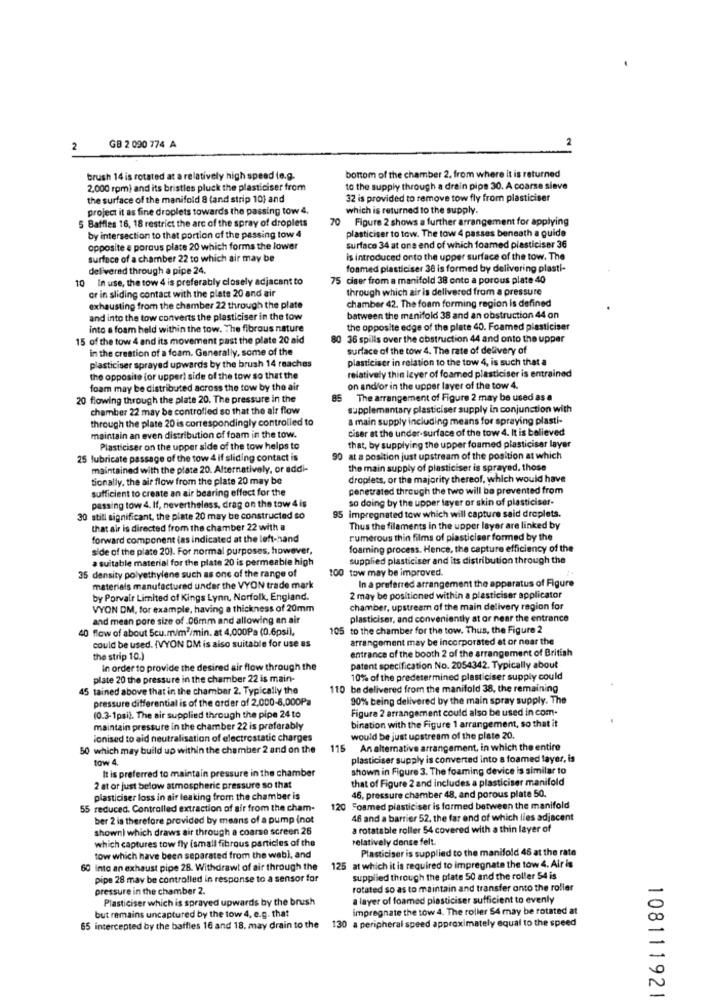
2
GB 2 090 774 A
brush 14 is rotated at a relatively high speed (e.g.
bottom of the chamber 2. from where it is returned
2,000 rpm) and its bristles pluck the plasticiser from
to the supply through a drain pipe 30. A coarse sieve
the surface of the manifold 8 (and strip 10) and
32 is provided to remove tow fly from plasticiser
project it as fine droplets towards the passing tow 4,
which is returned to the supply.
5 Baffles 16, 18 restrict the arc of the spray of droplets
70
Figure 2 shows a further arrangement for applying
by intersection to that portion of the passing tow 4
plasticiser to tow. The tow 4 passes beneath a guide
opposite a porous plate 20 which forms the lower
surface 34 at one end of which foamed plasticiser 36
surface of a chamber 22 to which air may be
is introduced onto the upper surface of the tow. The
del'vered through a pipe 24.
fonmed plasticiser 30 is formed by delivering plasti-
10 In use, the tow 4 is preferably closely adjacent to
75 ciser from a manifold 38 onto a porous plate 40
or in sliding contact with the plate 20 and air
through which air is delivered from a pressure
exhausting from the chamber 22 through the plate
chamber 42, The foam forming region is defined
and into the tow converts the plasticiser in the tow
between the manifold 38 and an obstruction 44 on
into a foam held within the tow. The fibrous nature
the opposite edge of the plate 40. Foamed plasticiser
15 of the tow 4 and its movement past the plate 20 aid
80 36 spills over the obstruction 44 and onto the upper
in the creation of a foam. Generally, some of the
surface of the tow 4. The rate of delivery of
plasticiser in relation to the tow 4, is such that a
plasticiser sprayed upwards by the brush 14 reaches
the opposite for upper) side of the tow so that the
relatively thin layer of foamed plasticiser is entrained
foam may be distributed across the tow by the air
on and/or in the upper layer of the tow 4.
20 flowing through the plate 20. The pressure in the
85
The arrangement of Figure 2 may be used as a
chamber 22 may be controlled so that the air flow
supplementary plasticiser supply in conjunction with
through the plate 20 is correspondingly controlled to
& main supply including means for spraying plasti-
ciser at the under-surface of the tow 4. It is believed
maintain an even distribution of foam in the tow.
Plasticiser on the upper side of the tow helps to
that, by supplying the upper foamed plasticiser layer
25 lubricate passage of the tow 4 if sliding contact is
90 at a position just upstream of the position at which
maintained with the plate 20. Alternatively, or addi-
the main supply of plasticiser is sprayed. those
tionally, the air flow from the plate 20 may be
droplets, or the majority thereof, which would have
sufficient to create an air bearing effect for the
penetrated through the two will be prevented from
so doing by the upper layer or skin of plasticiser-
passing tow 4. If, nevertheless, drag on the tow 4 is
30 still significant, the plate 20 may be constructed so
95 impregnated tow which will capture said droplets.
that air is directed from the chamber 22 with a
Thus the filaments in the upper layer are linked by
forward component (as indicated at the left-hand
numerous thin films of plasticiser formed by the
side of the plate 20). For normal purposes, however,
foamning process. Hence, the capture efficiency of the
a suitable material for the plate 20 is permeable high
supplied plasticiser and its distribution through the
35 density polyethylene such as one of the range of
100 tow may be improved.
In a preferred arrangement the apparatus of Figure
materials manufactured under the VYON trade mark
by Porvair Limited of Kings Lynn, Norfolk, England.
2 may be positioned within a plasticiser applicator
VYON DM, for example, having a thickness of 20mm
chamber, upstream of the main delivery ragion for
and mean pore size of .06mm and allowing an air
plasticiser, and conveniently at or near the entrance
40 flow of about 5cu.m/m2/min. at 4,000Pa (0.6psi).
105 to the chamber for the tow. Thus, the Figure 2
arrangement may be incorporated at or near the
could be used. (VYON DM is also suitable for use as
entrance of the booth 2 of the arrangement of British
the strip 10.)
in order to provide the desired air flow through the
patent specification No. 2054342. Typically about
plate 20 the pressure in the chamber 22 is main-
10% of the predetermined plasticiser supply could
45 tained above that in the chamber 2. Typically the
110 be delivered from the manifold 38, the remaining
pressure differential is of the order of 2.000-8,000Pa
90% being delivered by the main spray supply. The
Figure 2 arrangement could also be used in com.
(0.3-1psi). The air supplied through the pipe 24 to
maintain pressure in the chamber 22 is preferably
bination with the Figure 1 arrangement, so that it
lonised to aid neutralisation of electrostatic charges
would be just upstream of the plate 20.
50 which may build up within the chamber 2 and on the
115 An alternative arrangement, in which the entire
tow 4.
plasticiser supply is converted into a foamed layer, is
It is preferred to maintain pressure in the chamber
shown in Figure 3. The foaming device is similar to
that of Figure 2 and includes a plasticiser manifold
2 at or just below atmospheric pressure so that
46, pressure chamber 48, and porous plate 50.
plasticiser loss in air leaking from the chamber is
55 reduced. Controlled extraction of air from the cham-
120
Fosmed plasticiser is formed between the manifold
ber 2 in therefore provided by means of a pump (not
46 and a barrier 52, the far end of which lies adjacent
shown) which draws air through a coarse screen 26
a rotatable roller 54 covered with a thin layer of
which captures tow fly (small fibrous particles of the
relatively dense felt.
Plasticiser is supplied to the manifold 46 at the rate
tow which have been separated from the webl, and
60 into an exhaust pipe 28. Withdrawt of air through the
125 at which it is required to impregnate the tow 4. Alr is
pipe 28 may be controlled in response to a sensor for
supplied through the plate 50 and the roller 54 is
pressure in the chamber 2.
rotated so as to maintain and transfer onto the roller
Plasticiser which is sprayed upwards by the brush
a layer of foamed plasticiser sufficient to evenly
impregnate the tow 4. The roller 54 may be rotated at
but remains uncaptured by the tow 4, e.g. that
130 a peripheral speed approximately equal to the speed
65 intercepted by the baffles 16 and 18. may drain to the
108111921